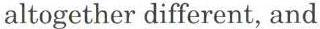
altogether different, and